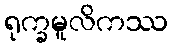
ရုက္ခမူလိကဿ